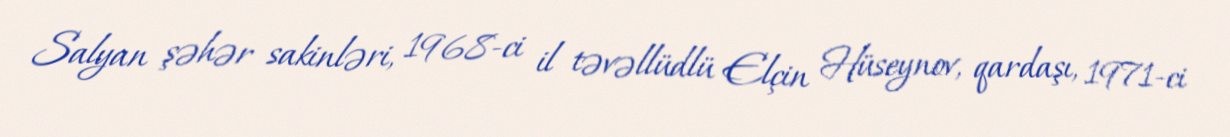
Salyan şəhər sakinləri, 1968-ci il təvəllüdlü Elçin Hüseynov, qardaşı, 1971-ci